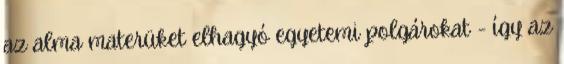
az alma materüket elhagyó egyetemi polgárokat - így az